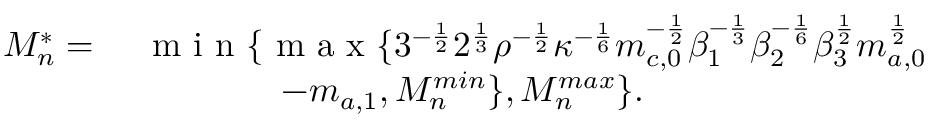
\begin{array} { r l } { M _ { n } ^ { * } = } & { \ \textrm { m i n } \{ \textrm { m a x } \{ 3 ^ { - \frac { 1 } { 2 } } 2 ^ { \frac { 1 } { 3 } } \rho ^ { - \frac { 1 } { 2 } } \kappa ^ { - \frac { 1 } { 6 } } m _ { c , 0 } ^ { - \frac { 1 } { 2 } } \beta _ { 1 } ^ { - \frac { 1 } { 3 } } \beta _ { 2 } ^ { - \frac { 1 } { 6 } } \beta _ { 3 } ^ { \frac { 1 } { 2 } } m _ { a , 0 } ^ { \frac { 1 } { 2 } } } \\ & { \ \ \ \ \ \ \ \ \ \ \ \ \ - m _ { a , 1 } , M _ { n } ^ { m i n } \} , M _ { n } ^ { m a x } \} . } \end{array}